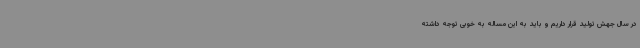
در سال جهش تولید قرار داریم و باید به این مساله به خوبی توجه داشته